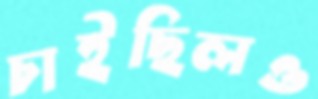
চাইছিলও